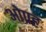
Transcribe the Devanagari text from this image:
ओप्रह